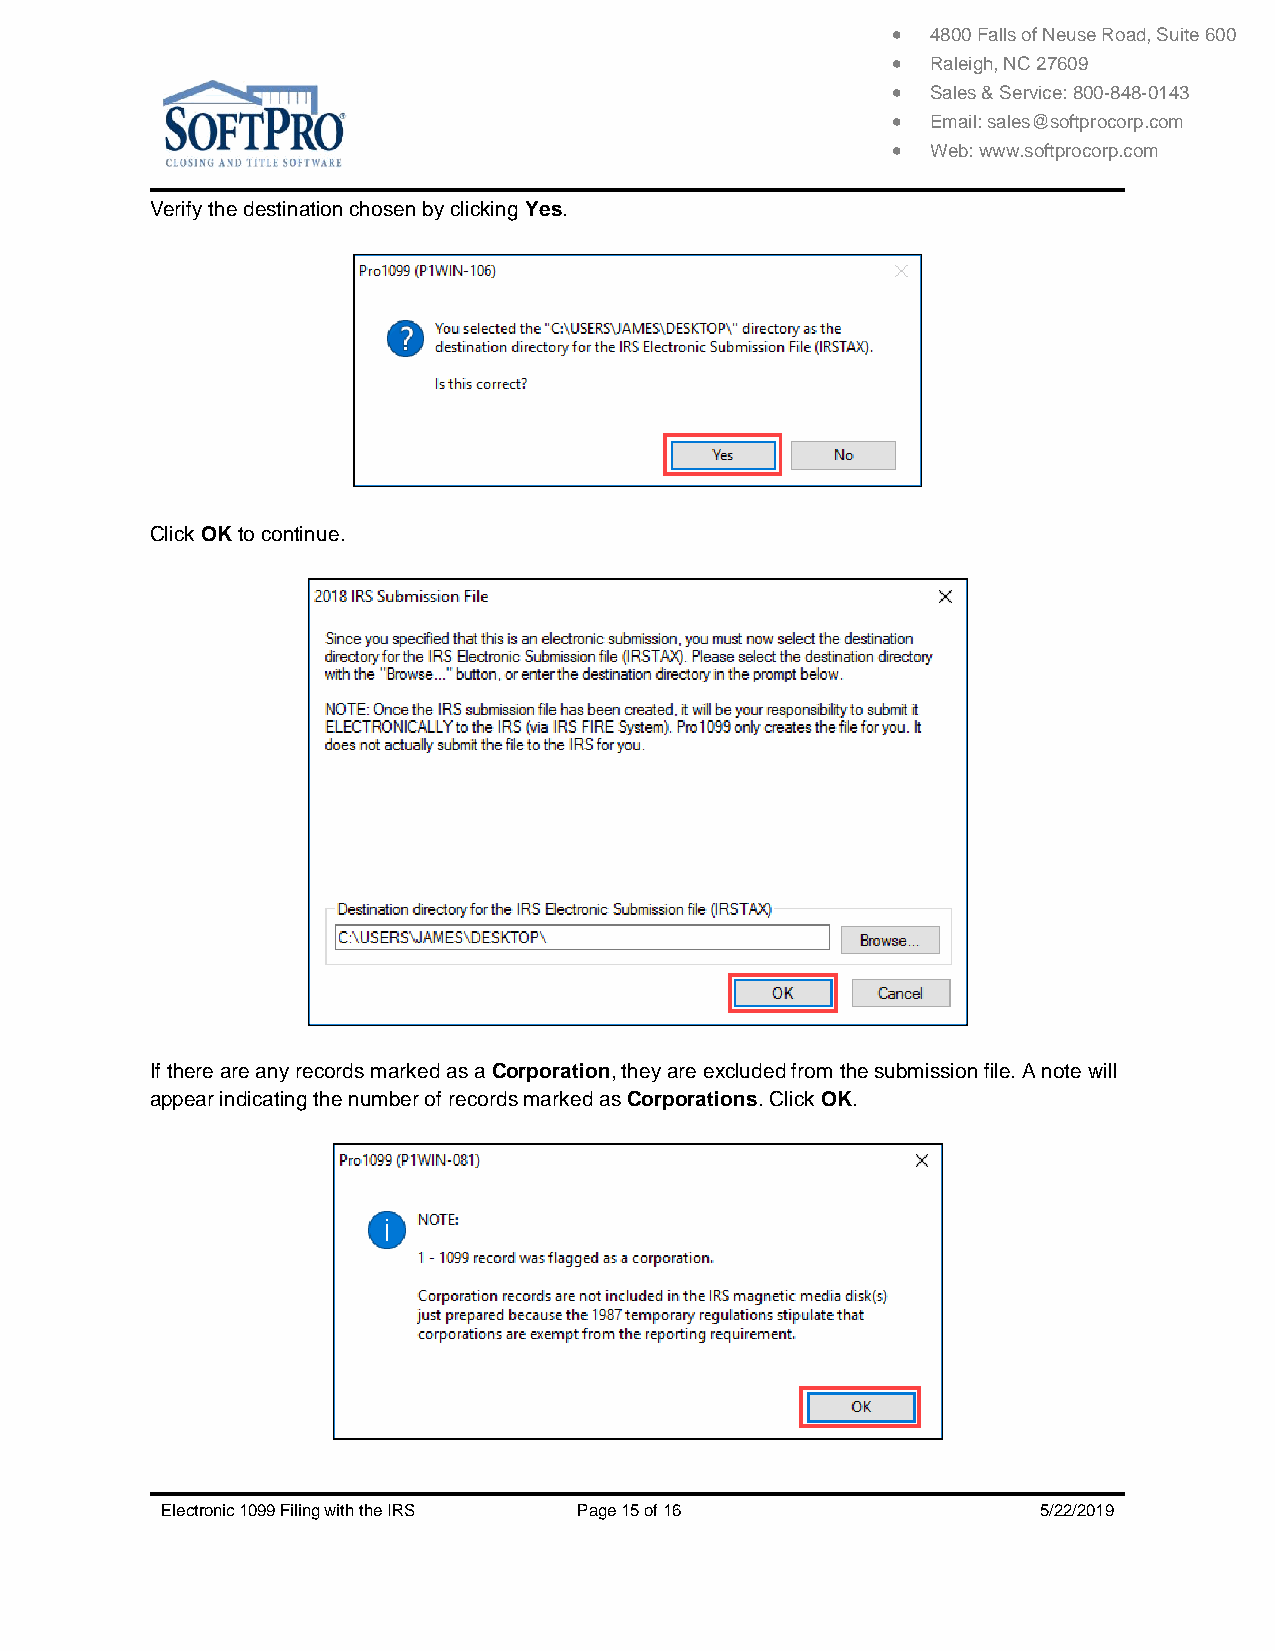
  4800 Falls of Neuse Road, Suite 600
   Raleigh, NC 27609
   Sales & Service: 800-848-0143
   Email: sales@softprocorp.com
   Web: www.softprocorp.com
 Verify the destination chosen by clicking Yes.
 Click OK to continue.
 If there are any records marked as a Corporation, they are excluded from the submission file. A note will
 appear indicating the number of records marked as Corporations. Click OK.
 Electronic 1099 Filing with the IRS Page 15 of 16         5/22/2019